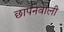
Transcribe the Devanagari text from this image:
छापनेवाली